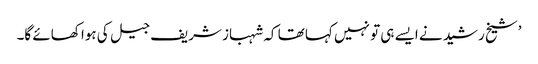
’شیخ رشید نے ایسے ہی تو نہیں کہا تھا کہ شہباز شریف جیل کی ہوا کھائے گا۔